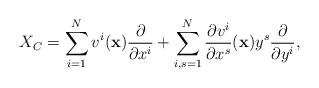
LaTeX: \begin{align*}X_{C}=\sum_{i=1}^N v^i({\bf x})\frac{\partial}{\partial x^i}+\sum_{i,s=1}^N \frac{\partial v^i}{\partial x^s}({\bf x})y^s\frac{\partial}{\partial y^i},\end{align*}